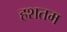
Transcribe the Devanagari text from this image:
हशतम